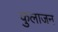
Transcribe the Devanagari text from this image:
कुलाजन